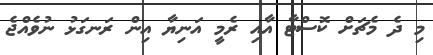
މި ދެ މެޗަށް ކޮސްޓާ އާއި ރެމީ އަނިޔާ އިން ރަނގަޅު ނުވެއްޖެ